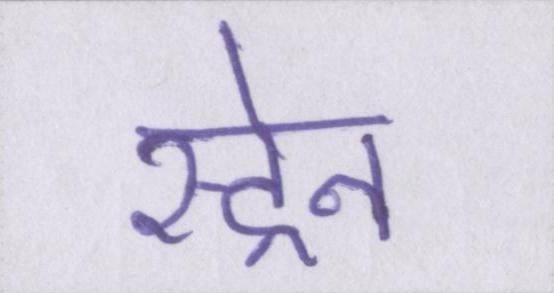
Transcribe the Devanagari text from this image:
स्ट्रेन